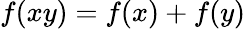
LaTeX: f(xy)=f(x)+f(y)